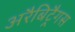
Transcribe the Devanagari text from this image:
अरैबिट्रैगस